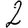
Digit: 2